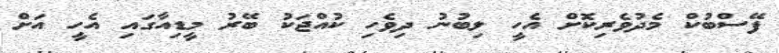
ފޭސްބުކް މެދުވެރިކޮށް އެހީ ލިބުނު ދިވެހި ކުއްޖަކު ބޭރު މީޑިއާގައި އެހީ އަށް